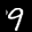
Label: 9